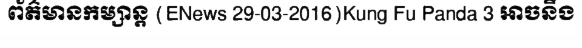
ព័ត៌មានកម្សាន្ត (ENews 29-03-2016)Kung Fu Panda 3 អាចនឹង